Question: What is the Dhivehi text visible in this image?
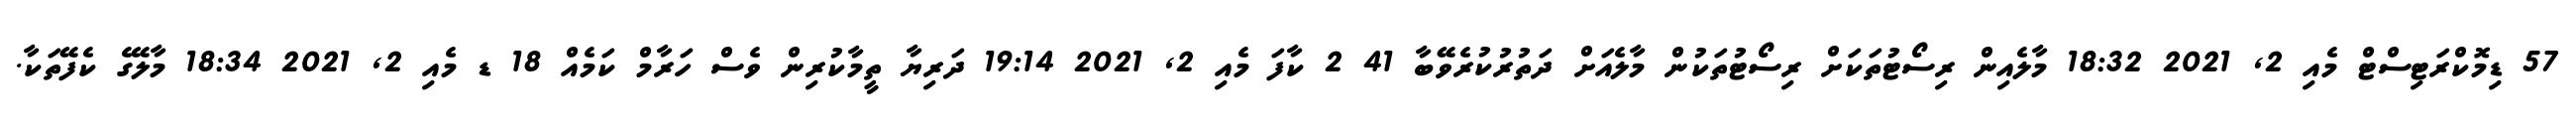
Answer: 57 ޑިމޮކްރަޓިސްޓް މެއި 2, 2021 18:32 މާލެއިން ރިސޯޓުތަކަށް ރިސޯޓުތަކުން މާލެއަށް ދަތުރުކުރެވޭބާ 41 2 ކާފަ މެއި 2, 2021 19:14 ދަރިޔާ ތީމާކުރިން ވެސް ހަރާމް ކަމެއް 18 ޑ މެއި 2, 2021 18:34 މާލޭގެ ކެފޭތަކާ.